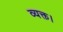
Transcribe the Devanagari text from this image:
व्यक्त।